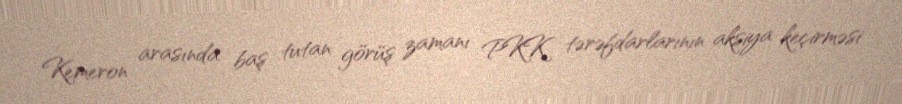
Kemeron arasında baş tutan görüş zamanı PKK tərəfdarlarının aksiya keçirməsi